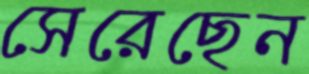
সেরেছেন